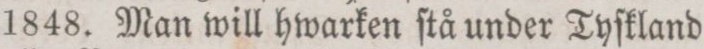
1848. Man will hwarken ſtå under Tyſkland